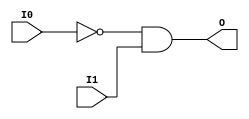
// $Header: /devl/xcs/repo/env/Databases/CAEInterfaces/verunilibs/data/unisims/AND2B1.v,v 1.6 2007/05/23 21:43:32 patrickp Exp $
///////////////////////////////////////////////////////////////////////////////
// Copyright (c) 1995/2004 Xilinx, Inc.
// All Right Reserved.
///////////////////////////////////////////////////////////////////////////////
//   ____  ____
//  /   /\/   /
// /___/  \  /    Vendor : Xilinx
// \   \   \/     Version : 10.1
//  \   \         Description : Xilinx Functional Simulation Library Component
//  /   /                  2-input AND Gate
// /___/   /\     Filename : AND2B1.v
// \   \  /  \    Timestamp : Thu Mar 25 16:42:11 PST 2004
//  \___\/\___\
//
// Revision:
//    03/23/04 - Initial version.
//    05/23/07 - Changed timescale to 1 ps / 1 ps.
//    05/23/07 - Added wire declaration for internal signals.

`timescale  1 ps / 1 ps


module AND2B1 (O, I0, I1);

    output O;

    input  I0, I1;

    wire i0_inv;

    not N0 (i0_inv, I0);
    and A1 (O, i0_inv, I1);


endmodule